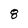
Character: 8